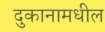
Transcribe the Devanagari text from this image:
दुकानामधील